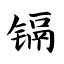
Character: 镉